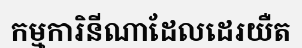
កម្មការិនីណាដែលដេរយឺត